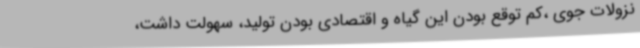
نزولات جوی ،کم توقع بودن این گیاه و اقتصادی بودن تولید، سهولت داشت،